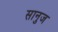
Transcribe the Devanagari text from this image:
सानुज